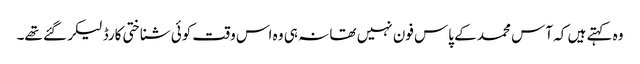
وہ کہتے ہیں کہ آس محمد کے پاس فون نہیں تھا نہ ہی وہ اس وقت کوئی شناختی کارڈ لیکر گئے تھے۔